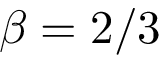
\beta = 2 / 3